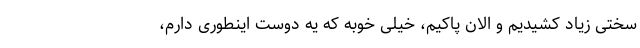
سختی زیاد کشیدیم و الان پاکیم، خیلی خوبه که یه دوست اینطوری دارم،